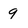
Character: 9